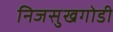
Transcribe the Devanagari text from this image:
निजसुखगोडी